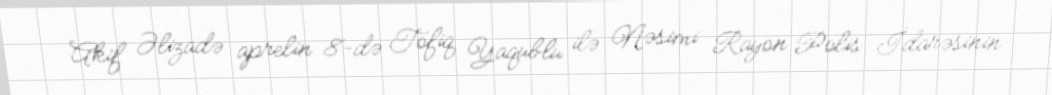
Akif Əlizadə aprelin 8-də Tofiq Yaqublu ilə Nəsimi Rayon Polis İdarəsinin